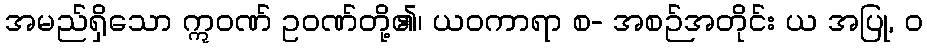
အမည်ရှိသော ဣဝဏ် ဥဝဏ်တို့၏၊ ယဝကာရာ စ- အစဉ်အတိုင်း ယ အပြု, ဝ